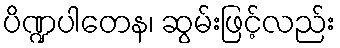
ပိဏ္ဍပါတေန၊ ဆွမ်းဖြင့်လည်း